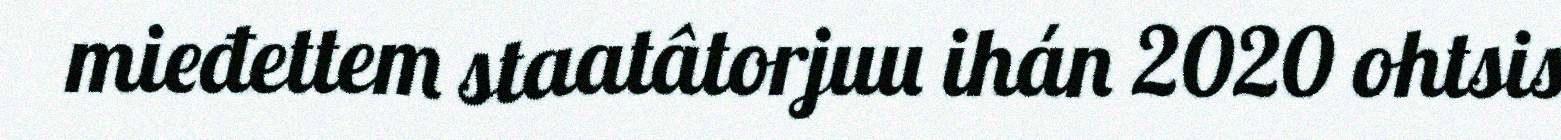
mieđettem staatâtorjuu ihán 2020 ohtsis